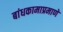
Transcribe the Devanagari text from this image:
बांधकामाप्रमाणे